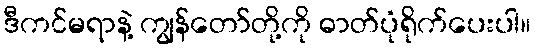
ဒီကင်မရာနဲ့ ကျွန်တော်တို့ကို ဓာတ်ပုံရိုက်ပေးပါ။